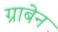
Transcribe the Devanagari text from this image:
ग्राबेन